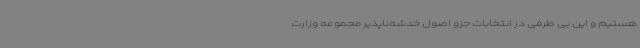
هستیم و این بی طرفی در انتخابات جزو اصول خدشه‌ناپذیر مجموعه وزارت